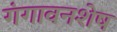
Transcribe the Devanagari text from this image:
गंगावनशेष